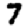
Digit: 7